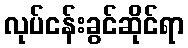
လုပ်ငန်းခွင်ဆိုင်ရာ